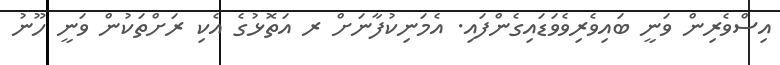
އިސްވެރިން ވަނީ ބައިވެރިވެވަޑައިގެންފައި. އެމަނިކުފާނަށް ރ އަތޮޅުގެ އެކި ރަށްތަކުން ވަނީ ހޫނު